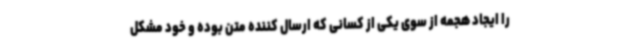
را ایجاد هجمه از سوی یکی از کسانی که ارسال کننده متن بوده و خود مشکل